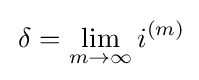
\,\delta =\lim _{m\to \infty }i^{(m)}